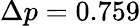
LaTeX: \Delta p=0.759